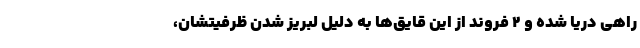
راهی دریا شده و ۲ فروند از این قایق‌ها به دلیل لبریز شدن ظرفیتشان،